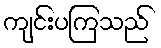
ကျင်းပကြသည်